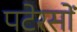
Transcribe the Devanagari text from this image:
पटेरसों